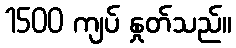
1500 ကျပ် နှုတ်သည်။